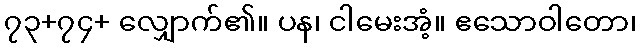
၇၃+၇၄+ လျှောက်၏။ ပန၊ ငါမေးအံ့။ ဧသောဝါတော၊